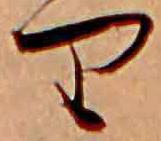
り